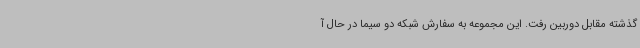
گذشته مقابل دوربین رفت. این مجموعه به سفارش شبکه دو سیما در حال آ